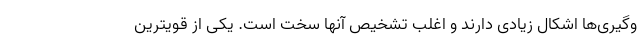
وگیری‌ها اشکال زیادی دارند و اغلب تشخیص آنها سخت است. یکی از قویترین